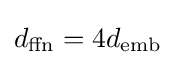
d_{\text{ffn}}=4d_{\text{emb}}